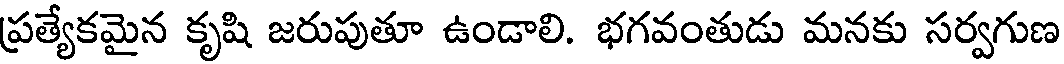
ప్రత్యేకమైన కృషి జరుపుతూ ఉండాలి. భగవంతుడు మనకు సర్వగుణ